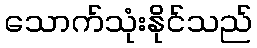
သောက်သုံးနိုင်သည်